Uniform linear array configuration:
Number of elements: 8
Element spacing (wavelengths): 1
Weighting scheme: hann
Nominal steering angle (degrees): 60
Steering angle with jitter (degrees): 58.159
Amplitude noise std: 0.05
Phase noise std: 0.05

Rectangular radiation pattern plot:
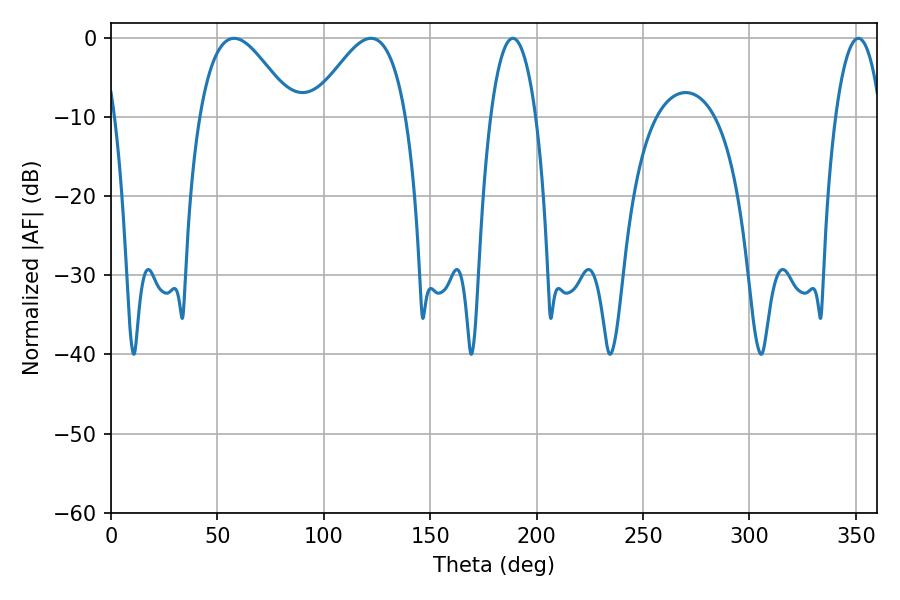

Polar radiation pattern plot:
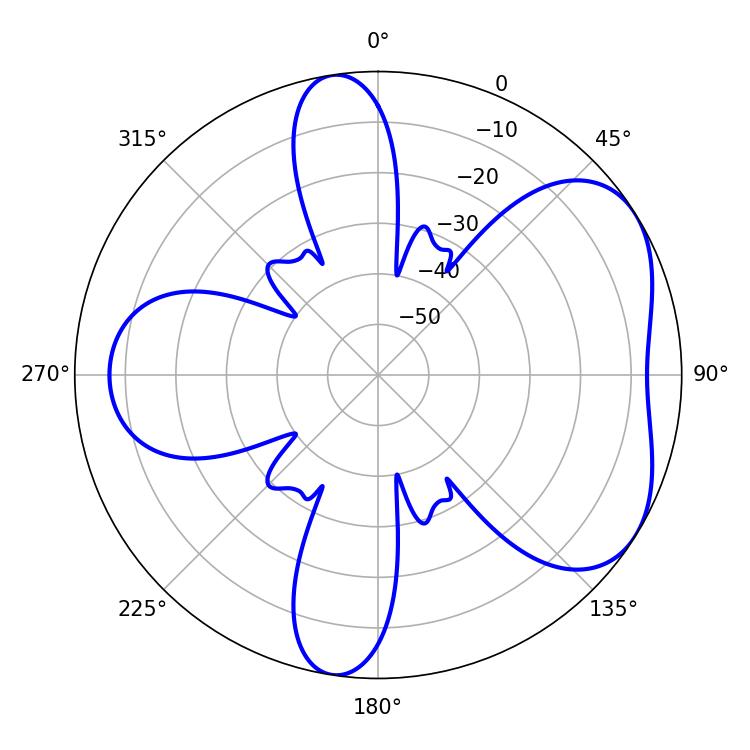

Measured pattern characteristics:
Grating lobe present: TRUE
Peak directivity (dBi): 4.948
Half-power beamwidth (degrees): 11.88
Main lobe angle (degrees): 351.18